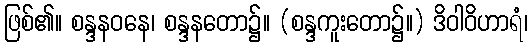
ဖြစ်၏။ စန္ဒနဝနေ၊ စန္ဒနတော၌။ (စန္ဒကူးတော၌။) ဒိဝါဝိဟာရံ၊